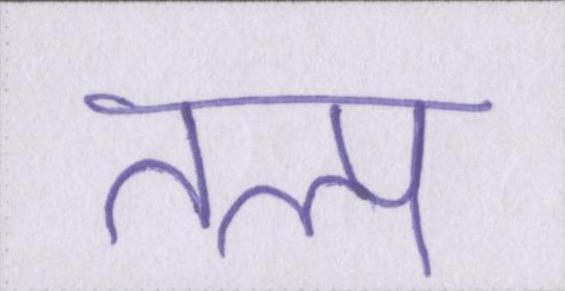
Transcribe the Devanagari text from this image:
तल्प